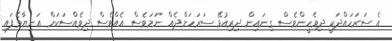
އެ ސަރަހައްދަކީ ދިވެހީންވެސް ގިނައިން ދިރިއުޅޭ ސަރަހަށްދެއް ނަމަވެސް އެއްވެސް ދިވެއްސަކަށް އަނިޔާވެފައި